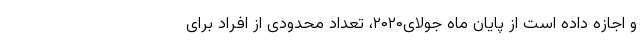
و اجازه داده است از پایان ماه جولای۲۰۲۰، تعداد محدودی از افراد برای